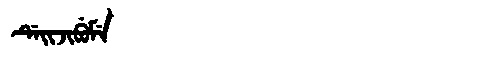
Manchu: ᡩᡝᡳᠵᡳᠪᡠᠮᡝ
Romanization: DEIJIBUME